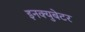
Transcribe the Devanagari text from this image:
इनक्युबेटर